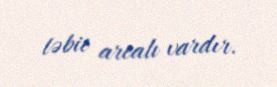
təbii arealı vardır.